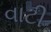
વાટી